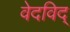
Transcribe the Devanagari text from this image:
वेदविद्